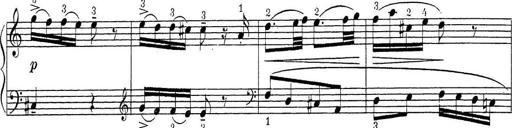
Title: ÄŒeskÃ© Sonatiny
Composer: Various